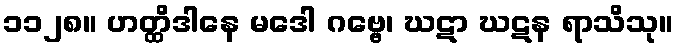
၁၁၂၈။ ဟတ္ထိဒါနေ မဒေါ ဂဗ္ဗေ၊ ဃဋာ ဃဋန ရာသိသု။